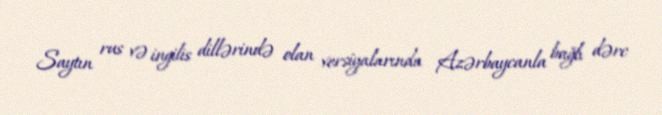
Saytın rus və ingilis dillərində olan versiyalarında Azərbaycanla bağlı dərc